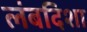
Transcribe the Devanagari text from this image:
लंबदिशा